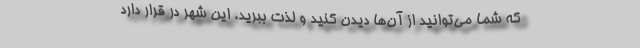
که شما می‌توانید از آن‌ها دیدن کنید و لذت ببرید. این شهر در قرار دارد